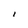
Character: l